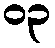
၀၃